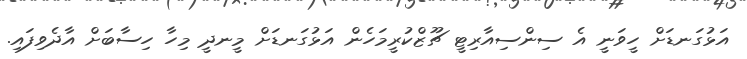
އަޅުގަނޑަށް ހީވަނީ އެ ސިންސިއާރިޓީ ޗޫޒްކުރީމަހެން އަޅުގަނޑަށް މީނދީ މިހާ ހިސާބަށް އާދެވިފައި.